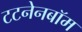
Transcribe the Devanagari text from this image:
टटनेनबॉम